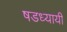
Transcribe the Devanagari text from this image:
षडध्यायी